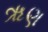
ૠણ